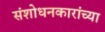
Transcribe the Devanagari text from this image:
संशोधनकारांच्या